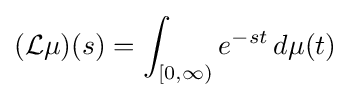
({\mathcal {L}}\mu )(s)=\int _{[0,\infty )}e^{-st}\,d\mu (t)